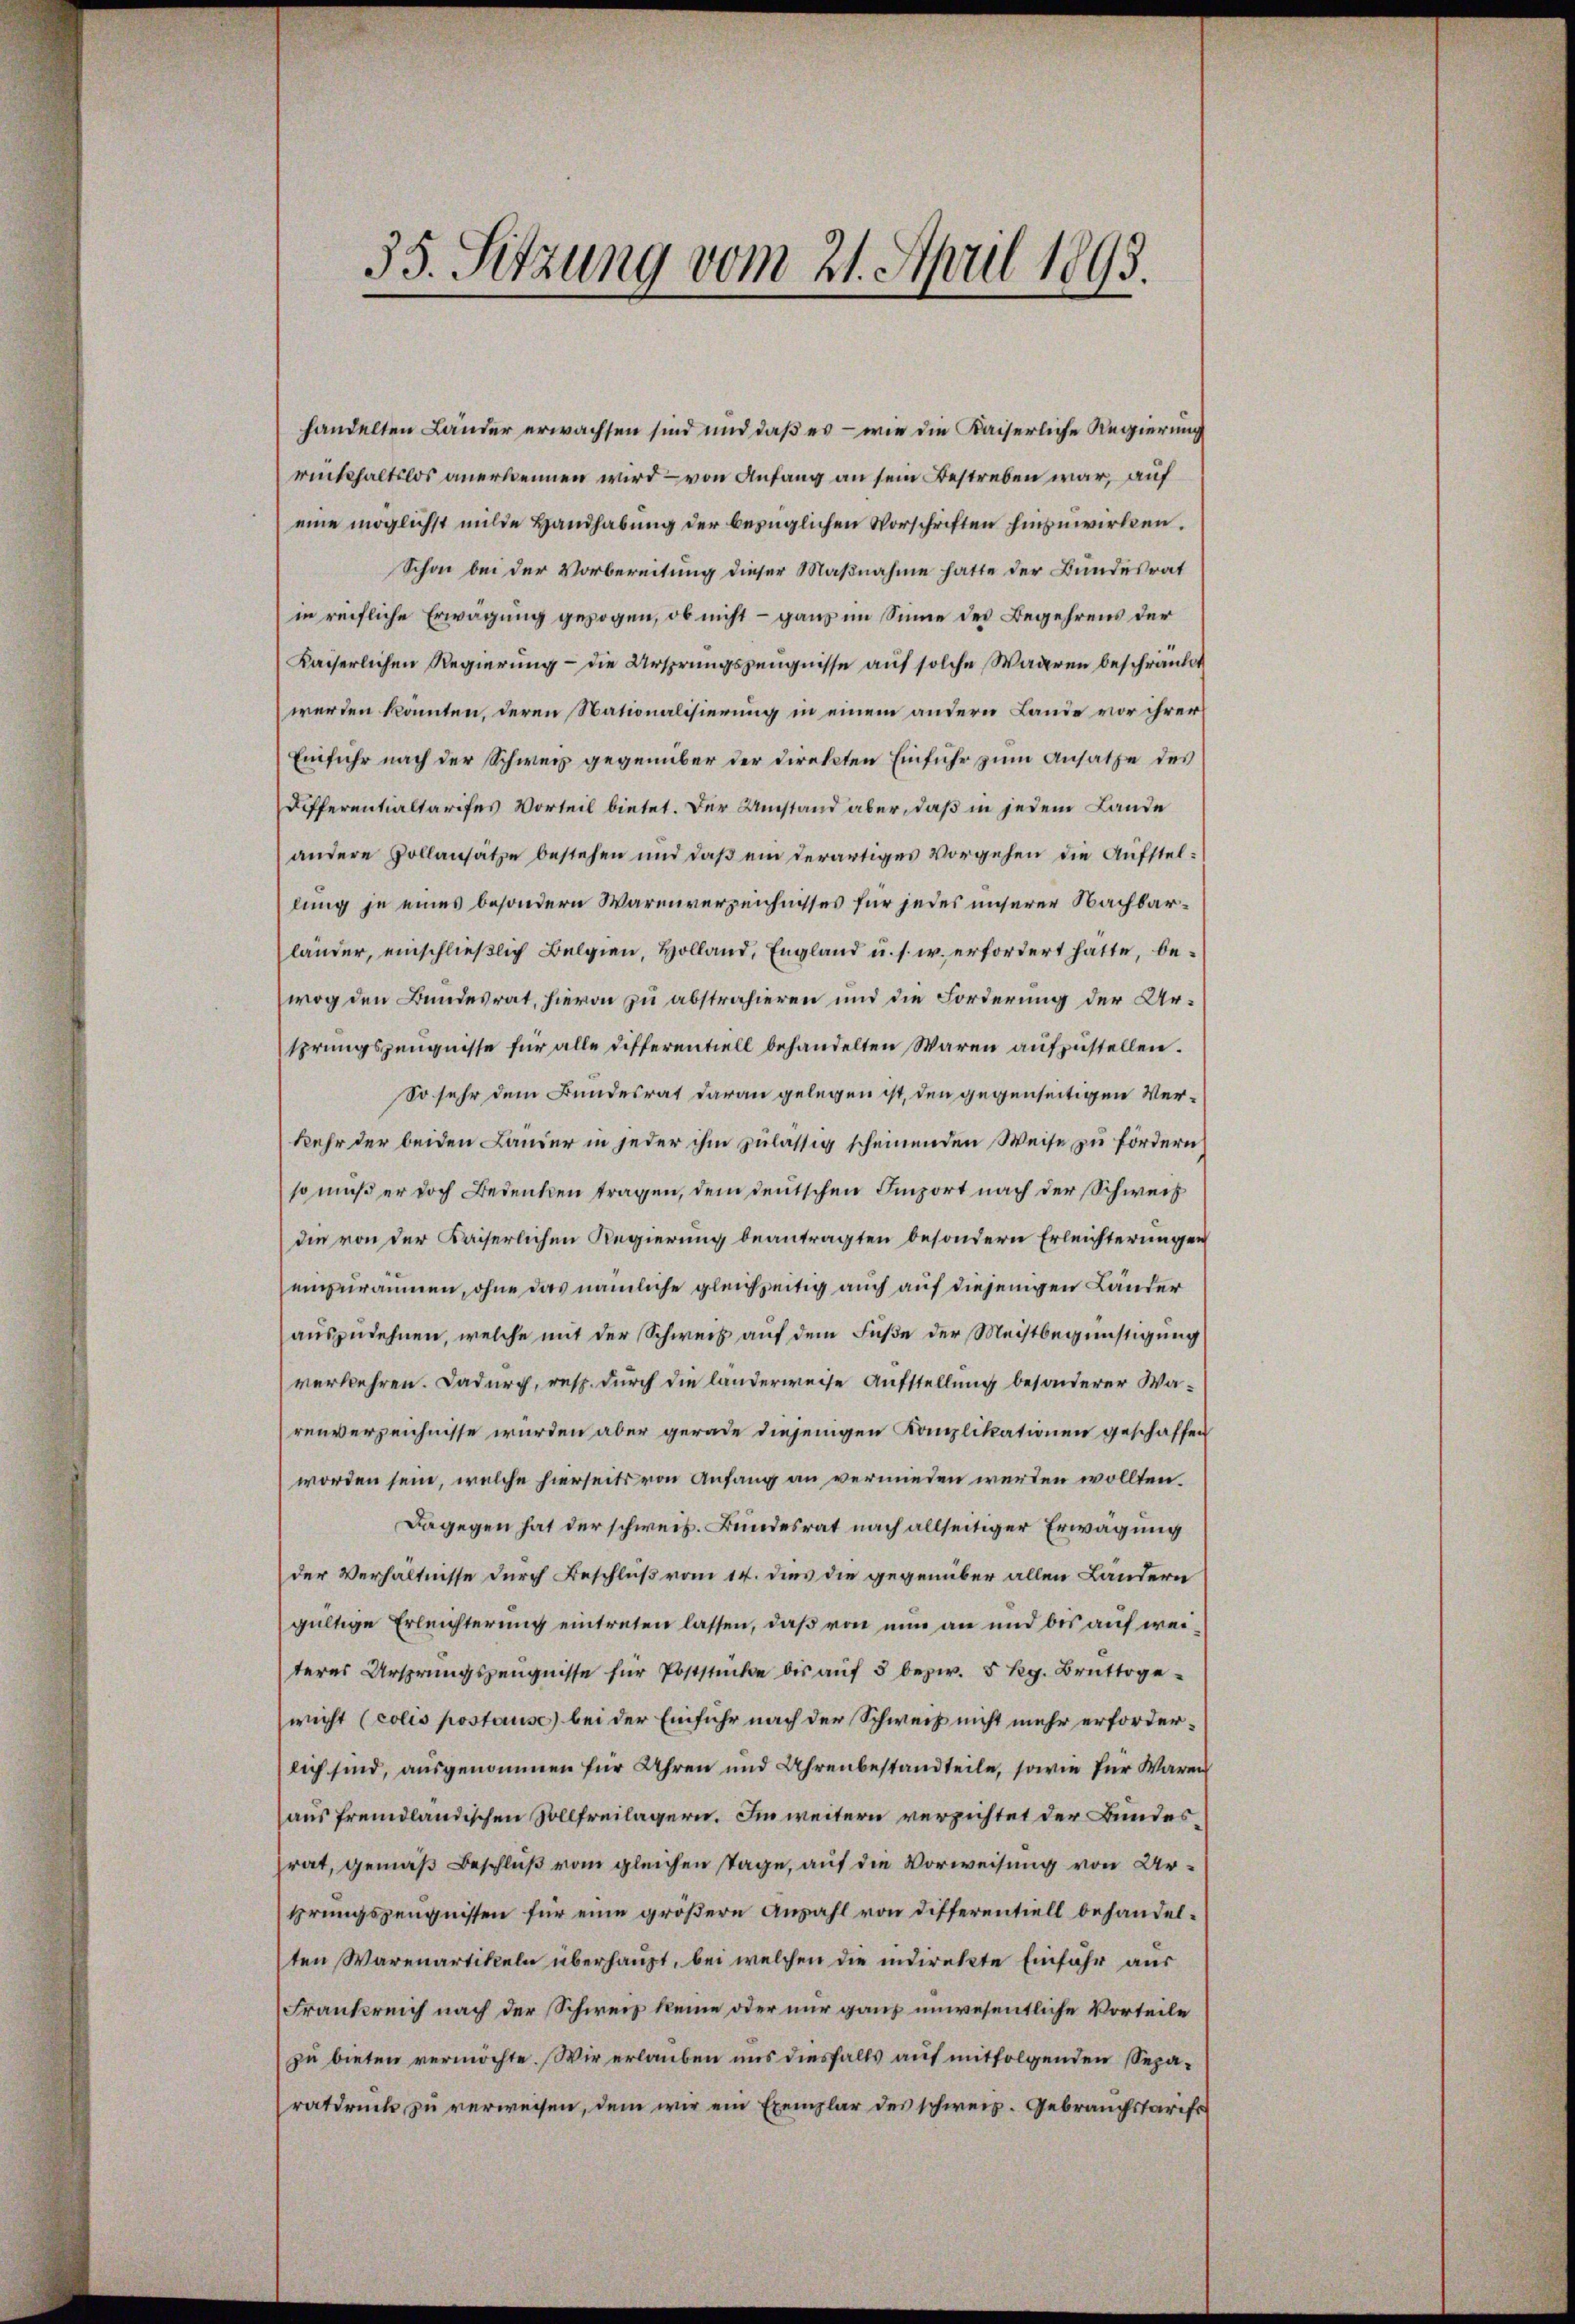
handelten Länder erwachsen sind und daß es – wie die Kaiserliche Regierung
rückhaltslos anerkennen wird — von Anfang an sein Bestreben war, auf
eine möglichst milde Handhabung der bezüglichen Vorschriften hinzuwirken.
Schon bei der Vorbereitung dieser Maßnahme hatte der Bundesrat
in reifliche Erwägung gezogen, ob nicht – ganz im Sinne des Begehrens der
Kaiserlichen Regierung - die Ursprungszeugnisse auf solche Waderen beschränkt
werden konnten, deren Nationalisierung in einem andern Lande vor ihrer
Einfuhr nach der Schweiz gegenüber der Direkten Einführ zum Ansatze des
Differentialtarifes Vorteil bietet. Der Umstand aber, daß in jedem Lande
andere Vollansätze bestehen und daß ein derartiges Vorgehen die Aufstellung je eines besondern Warenverzeichnisses für jedes unserer Nachbarländer, einschließlich Belgien, Holland, England u. s. w. erfordert hatte, bewog den Bundesrat, hievon zu abstrahieren und die Forderung der Ursprungszeugnisse für alle Differentiell behandelten Waren aufzustellen.
So sehr dem Bundesrat daran gelegen ist, den gegenseitigen Verkehr der beiden Lander in jeder ihm zulässig scheinenden Weise zu fördern
so muß er doch Bedenken tragen, dem deutschen Import nach der Schweiz
die von der Kaiserlichen Regierung beantragten besondern Erleichterungen
einzuräumen, ohne das nämliche gleichzeitig auch auf diejenigen Länder
auszudehnen, welche mit der Schweiz auf dem Fuße der Meistbegünstigung
verkehren. Dadurch, resp. durch die länderweise Aufstellung besonderer Warenverzeichnisse würden aber gerade diejenigen Kanzlikationen geschaffen
worden sein, welche hierseits von Anfang an vermieden werden wollten.
Dagegen hat der schweiz. Bundesrat nach allseitiger Erwägung
der Verhältnisse durch Beschluß vom 14. dies die gegenüber allen Ländern
gültige Erleichterung eintreten lassen, daß von nun an und bis auf weiteres Ursprungszeugnisse für Poststücke bis aŭf 5 bezw. 5 Rg. Bruttogewicht (colis postause) bei der Einfuhr nach der Schweiz nicht mehr erforderlich sind, ausgenommen für Uhren und Uhrenbestandteile, sowie für Waren
aus fremdländischen Sollfreilagern. Im weitern verzichtet der Bundesrat, gemäß Beschluß vom gleichen Tage, auf die Vorweisung von Ursprungszeugnissen für eine größere Anzahl von Differentiell behandelten Warenartikeln überhaupt, bei welchen die indirekte Einführ aus
Frankreich nach der Schweiz keine oder nur ganz unwesentliche Vorteile
zu bieten vermöchte. Wir erlauben uns diesfalls auf mitfolgenden Separatdruck zu verweisen, dem wir ein Exemplar des schweiz. Gebrauchstarife

35. Setzung vom 21. April 1893.